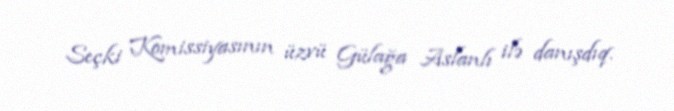
Seçki Komissiyasının üzvü Gülağa Aslanlı ilə danışdıq.